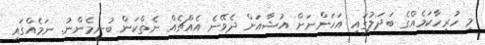
މި ހުރިހާކަމެއްގެ ބަދަލުގައި އަހަންނަށް އުޝާއަށް ދެވޭނެ އެއްޗެއް ނެތްކަން ބުނީމެންނު. ނަމެއްގައި